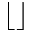
\lfloor \rfloor